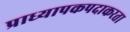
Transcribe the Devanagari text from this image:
प्राध्यापकपदाकरता